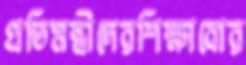
প্রতিমন্ত্রীদেরশিক্ষাবোর